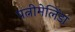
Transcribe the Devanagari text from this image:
पत्नीमेलिंडा